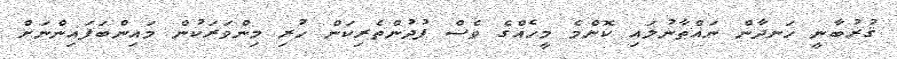
ޤުރުބާނީ ހަނދާން ނައްތާނުލައި ކޮންމެ މީހެއްގެ ވެސް ފުދުންތެރިކަން ހުރި މިންވަރަކުން މައިންބަފައިންނަށް